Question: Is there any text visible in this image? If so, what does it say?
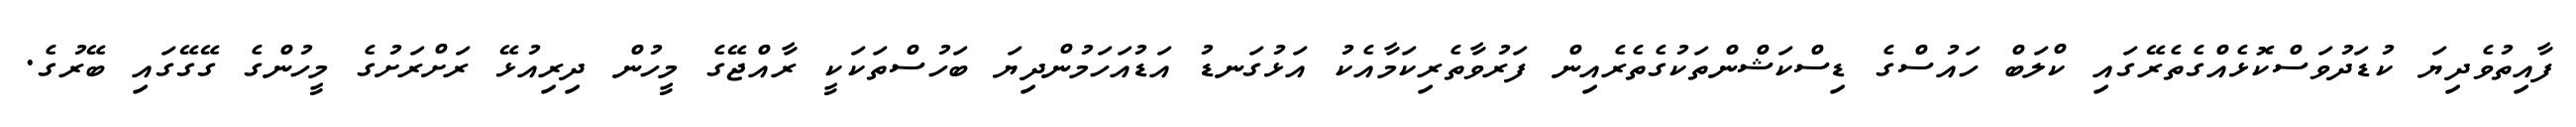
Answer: ފާއިތުވެދިޔަ ކުޑަދުވަސްކޮޅެއްގެތެރޭގައި ކްލަބް ހައުސްގެ ޑިސްކަޝްންތަކުގެތެރެއިން ފަރުވާތެރިކަމާއެކު އަޅުގަނޑު އަޑުއަހަމުންދިޔަ ބަހުސްތަކަކީ ރާއްޖޭގެ މީހުން ދިރިއުޅޭ ރަށްރަށުގެ މީހުންގެ ގޭގޭގައި ބޭރުގެ.